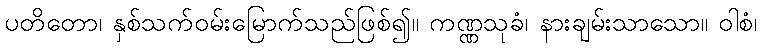
ပတိတော၊ နှစ်သက်ဝမ်းမြောက်သည်ဖြစ်၍။ ကဏ္ဏသုခံ၊ နားချမ်းသာသော။ ဝါစံ၊